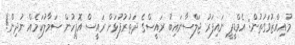
މުއިއްޒުވަގުތުން: އެމްޑީޕީ ނައިފަރު ޖަލްސާނައިބު ރައީސްގެ ދަތުރުފުޅަށް ރައީސް އޮފީހުން ސަމާލުކަމެއް ނުދިން!